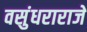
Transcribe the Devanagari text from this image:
वसुंधराराजे